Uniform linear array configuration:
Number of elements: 12
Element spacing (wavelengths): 0.75
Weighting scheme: blackman
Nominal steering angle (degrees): -45
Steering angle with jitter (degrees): -44.35
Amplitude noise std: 0.05
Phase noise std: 0.05

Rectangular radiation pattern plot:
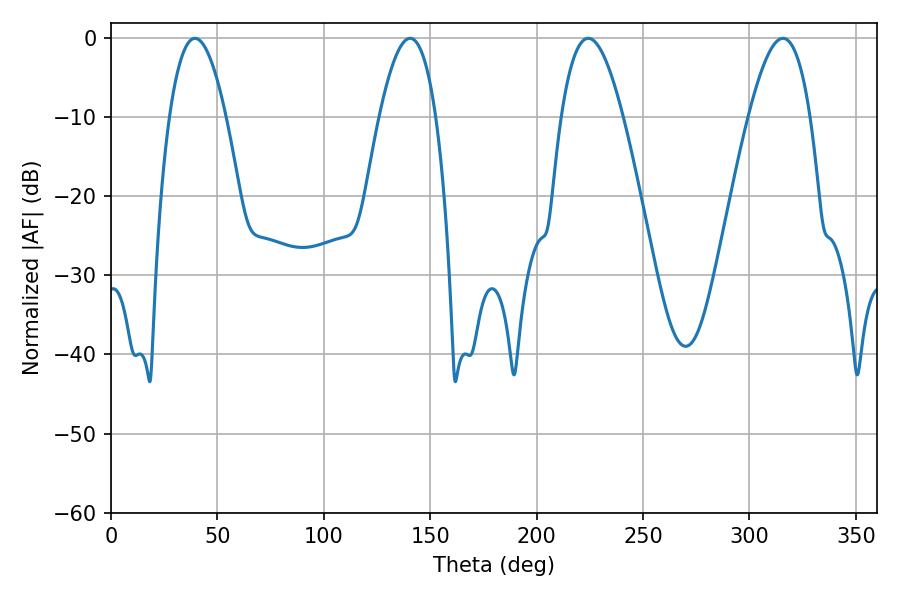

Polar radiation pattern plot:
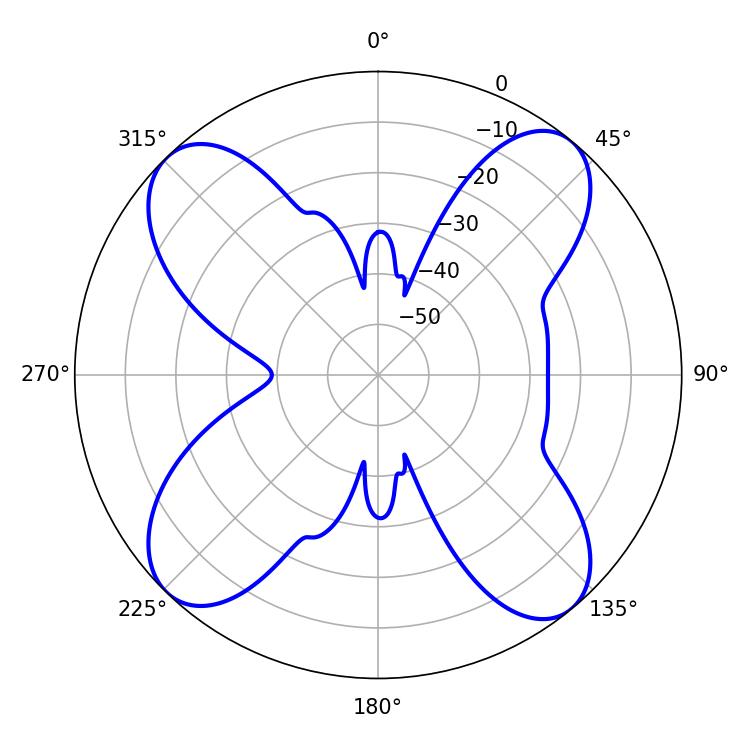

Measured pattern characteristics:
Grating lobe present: TRUE
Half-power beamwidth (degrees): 15.84
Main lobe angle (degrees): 224.28